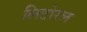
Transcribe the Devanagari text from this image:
लिटोरल